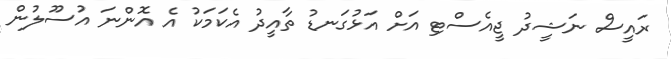
ރައީސް ނަޝީދު ޖީއެސްޓި އަށް އަޅުގަނޑު ތާއީދު އެކަމަކު އެ އޮންނަ އުސޫލުން